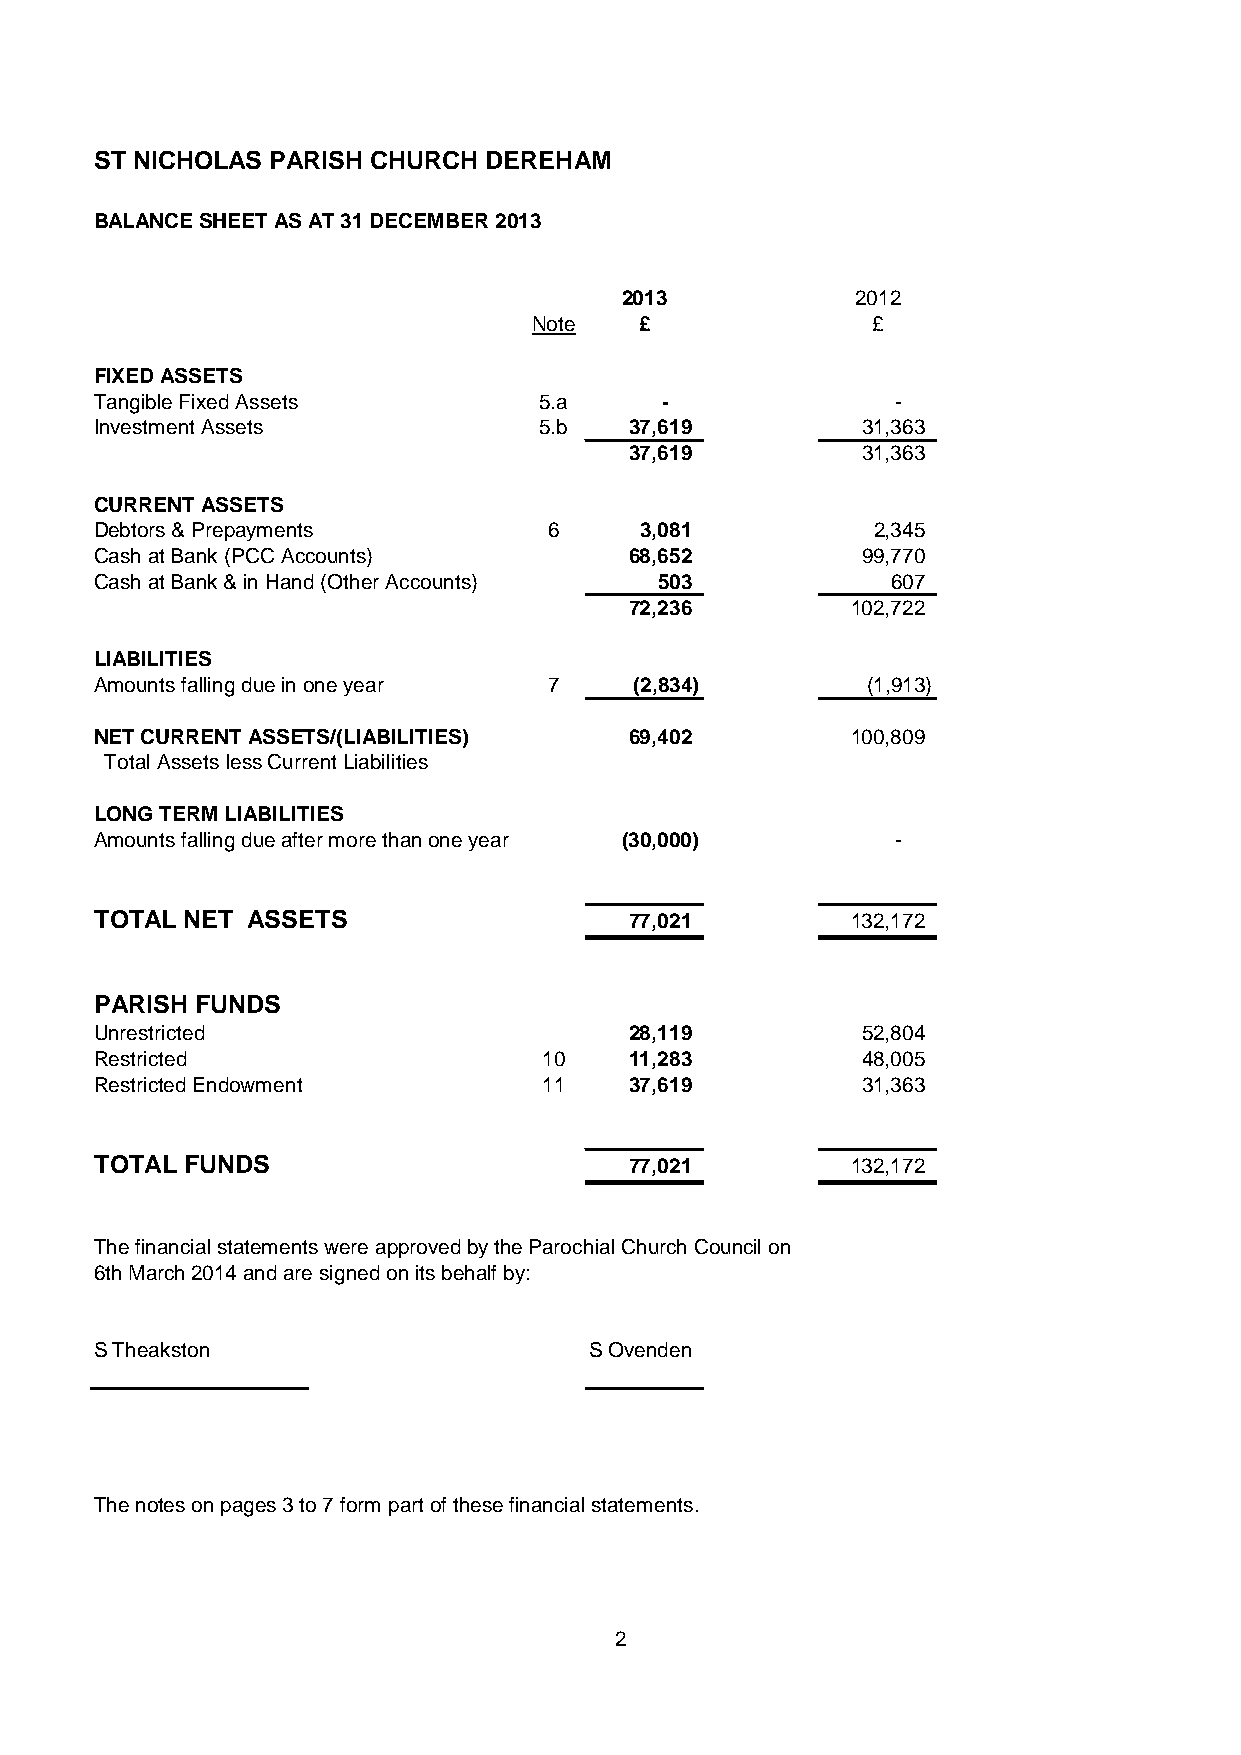
ST NICHOLAS PARISH CHURCH DEREHAM
 BALANCE SHEET AS AT 31 DECEMBER 2013
 2013            2012
 Note   £               £
 FIXED ASSETS
 Tangible Fixed Assets         5.a     -              -
 Investment Assets             5.b   37,619         31,363
 37,619         31,363
 CURRENT ASSETS
 Debtors & Prepayments         6     3,081           2,345
 Cash at Bank (PCC Accounts)         68,652         99,770
 Cash at Bank & in Hand (Other Accounts) 503          607
 72,236        102,722
 LIABILITIES
 Amounts falling due in one year 7   (2,834)        (1,913)
 NET CURRENT ASSETS/(LIABILITIES)    69,402        100,809
 Total Assets less Current Liabilities
 LONG TERM LIABILITIES
 Amounts falling due after more than one year (30,000) -
 TOTAL NET ASSETS                    77,021        132,172
 PARISH FUNDS
 Unrestricted                        28,119         52,804
 Restricted                    10    11,283         48,005
 Restricted Endowment          11    37,619         31,363
 TOTAL FUNDS                         77,021        132,172
 The financial statements were approved by the Parochial Church Council on
 6th March 2014 and are signed on its behalf by:
 S Theakston                      S Ovenden
 The notes on pages 3 to 7 form part of these financial statements.
 2